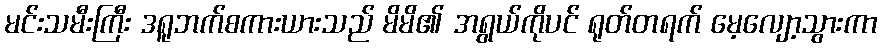
မင်းသမီးကြီး ဒရူဘက်စကားယားသည် မိမိ၏ အရွယ်ကိုပင် ရုတ်တရက် မေ့လျော့သွားကာ